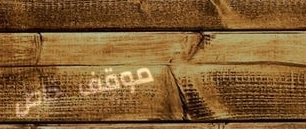
موقف خاص